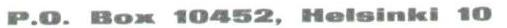
P.0.Box 10452, Helsinki 10